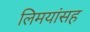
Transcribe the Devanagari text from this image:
लिमयांसह